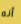
أنه